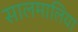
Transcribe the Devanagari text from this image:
सालमालिया